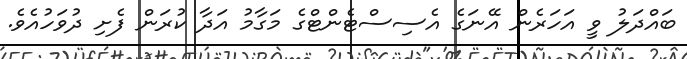
ބައްދަލު ވީ އަހަރެން އޭނަގެ އެސިސްޓެންޓްގެ މަގާމު އަދާ ކުރަން ފެށި ދުވަހުއެވެ.